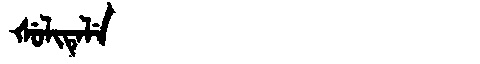
Manchu: ᡧᡠᠯᡳᡨᡝᠯᡝ
Romanization: ŠULITELE